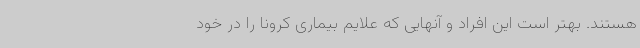
هستند. بهتر است این افراد و آنهایی که علایم بیماری کرونا را در خود